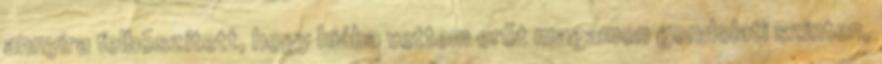
annyira felbõszített, hogy hiába vettem erõt magamon gondolati szinten,